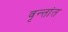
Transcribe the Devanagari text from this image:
वृन्तांत